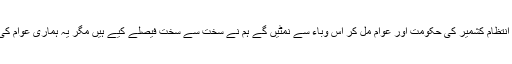
وزیر اعظم فاروق حیدر نے اس موقع پر کہا کہ پاکستانی زیر انتظام کشمیر کی حکومت اور عوام مل کر اس وباء سے نمٹیں گے ہم نے سخت سے سخت فیصلے کیے ہیں مگر یہ ہماری عوام کی بھلائی کے لیے ہی ں َ عوام مکمل طور پر گھروں میں رہیں۔